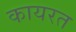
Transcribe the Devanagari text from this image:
कायरत